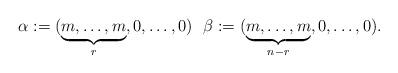
LaTeX: \begin{align*}\alpha:=(\underbrace{m,\ldots,m}_{r},0,\ldots,0)\ \ \beta:=(\underbrace{m,\ldots,m}_{n-r},0,\ldots,0).\end{align*}